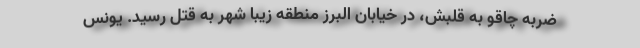
ضربه چاقو به قلبش، در خیابان البرز منطقه زیبا شهر به قتل رسید. یونس